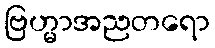
ဗြဟ္မာအညတရော